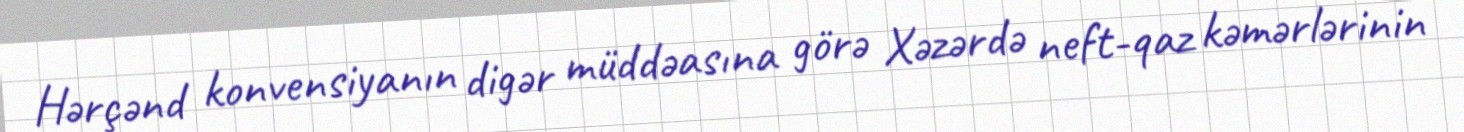
Hərçənd konvensiyanın digər müddəasına görə Xəzərdə neft-qaz kəmərlərinin